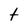
Character: t